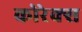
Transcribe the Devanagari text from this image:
कोरेक्स